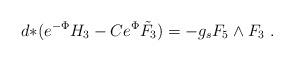
LaTeX: \begin{align*}d{*}(e^{-\Phi} H_3 - C e^\Phi \tilde F_3) = -g_s F_5 \wedge F_3 \ .\end{align*}